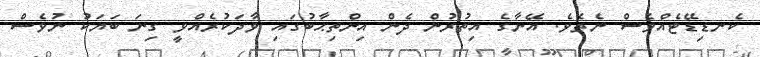
ކެނޑިޑޭޓެއްވެސް ނެތެވެ. އޭނާގެ އިތުރުން ދެން އިންތިޙާބުގައި ވާދަކުރެއްވީ ގިނަ ބަޔަކު ނުވެސް